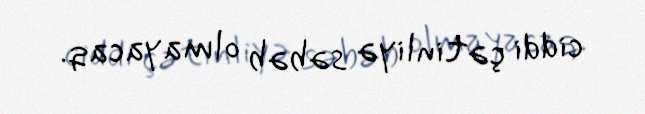
ciddi çətinliyə səbəb olmayacaq.